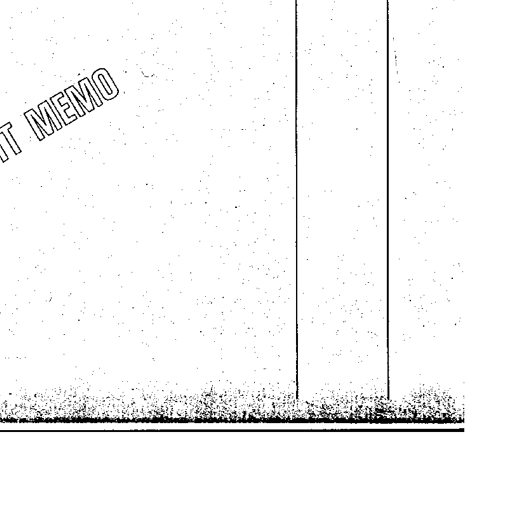
MEMO